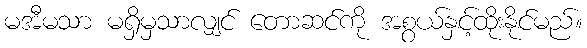
မအီမသာ မရှိမှသာလျှင် တောဆင်ကို အစွယ်နှင့်ထိုးနိုင်မည်။